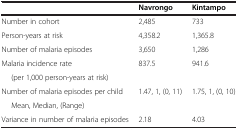
|  | Navrongo | Kintampo |
 | --- | --- | --- |
 | Number in cohort | 2,485 | 733 |
 | Person-years at risk | 4,358.2 | 1,365.8 |
 | Number of malaria episodes | 3,650 | 1,286 |
 | Malaria incidence rate | 837.5 | 941.6 |
 | (per 1,000 person-years at risk) |  |  |
 | Number of malaria episodes per child | 1.47, 1, (0, 11) | 1.75, 1, (0, 10) |
 | Mean, Median, (Range) |  |  |
 | Variance in number of malaria episodes | 2.18 | 4.03 |